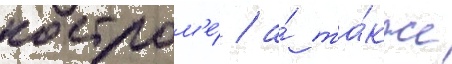
костром'е́ / а́ та́кже